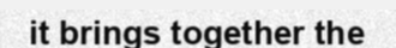
it brings together the